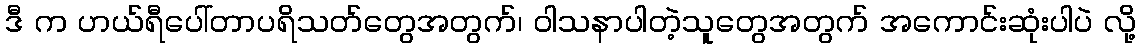
ဒီ က ဟယ်ရီပေါ်တာပရိသတ်တွေအတွက်၊ ဝါသနာပါတဲ့သူတွေအတွက် အကောင်းဆုံးပါပဲ လို့